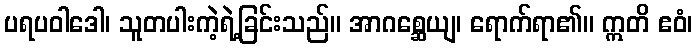
ပရပဝါဒေါ၊ သူတပါးကဲ့ရဲ့ခြင်းသည်။ အာဂစ္ဆေယျ၊ ရောက်ရာ၏။ ဣတိ ဧဝံ၊